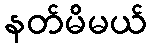
နတ်မိမယ်